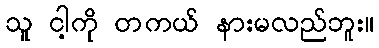
သူ ငါ့ကို တကယ် နားမလည်ဘူး။